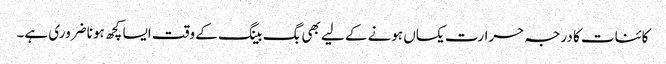
کائنات کا درجہ حرارت یکساں ہونے کے لیے بھی بگ بینگ کے وقت ایسا کچھ ہونا ضروری ہے۔